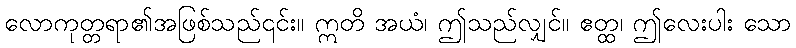
လောကုတ္တရာ၏အဖြစ်သည်၎င်း။ ဣတိ အယံ၊ ဤသည်လျှင်။ ဧတ္ထ၊ ဤလေးပါး သော